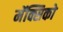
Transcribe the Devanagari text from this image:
मॅक्सिको